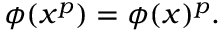
\phi ( x ^ { p } ) = \phi ( x ) ^ { p } .